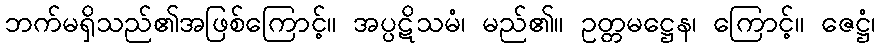
ဘက်မရှိသည်၏အဖြစ်ကြောင့်။ အပ္ပဋိသမံ၊ မည်၏။ ဥတ္တမဋ္ဌေန၊ ကြောင့်။ ဇေဋ္ဌံ၊